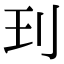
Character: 㺫